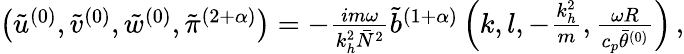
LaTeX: \begin{array}{r}{\left(\tilde{u}^{(0)},\tilde{v}^{(0)},\tilde{w}^{(0)},\tilde{\pi}^{(2+\alpha)}\right)=-\frac{im\omega}{k_{h}^{2}\bar{N}^{2}}\tilde{b}^{(1+\alpha)}\left(k,l,-\frac{k_{h}^{2}}{m},\frac{\omega R}{c_{p}\bar{\theta}^{(0)}}\right)\, ,}\end{array}